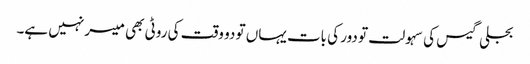
بجلی گیس کی سہولت تو دور کی بات یہاں تو دو وقت کی روٹی بھی میسر نہیں ہے۔